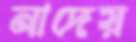
নাদেয়